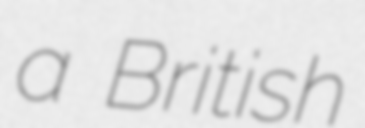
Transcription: a British